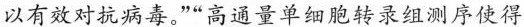
以有效对抗病毒。”“高通量单细胞转录组测序使得